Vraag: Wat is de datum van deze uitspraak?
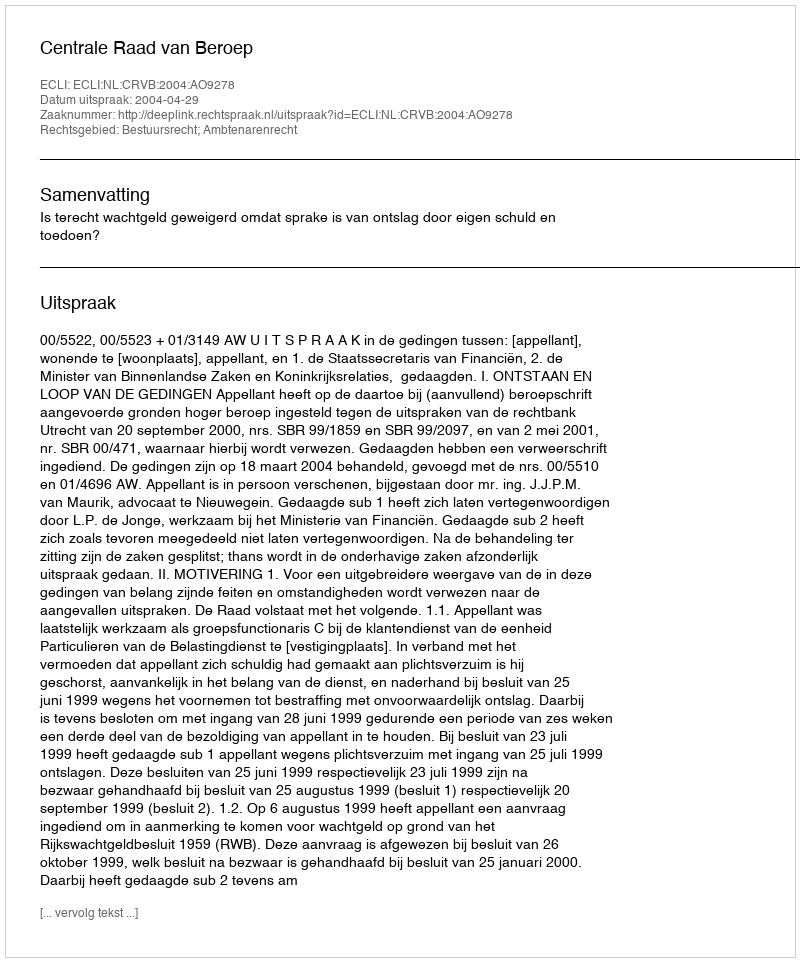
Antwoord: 2004-04-29